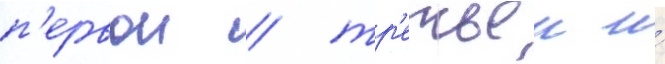
п'ервои / тр'етьеи и́